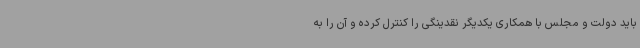
باید دولت و مجلس با همکاری یکدیگر نقدینگی را کنترل کرده و آن را به